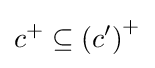
c^{+}\subseteq \left(c'\right)^{+}